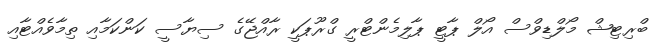
ބްރިޓިޝް މޯލްޑިވްސް އޯލް ޕާޓީ ޕާލިމެންޓްރީ ގްރޫޕަކީ ރާއްޖޭގެ ސިޔާސީ ކަންކަމާއި ތިމާވެއްޓާއި